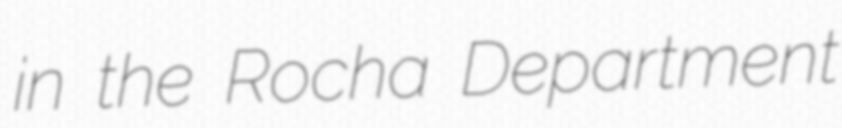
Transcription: in the Rocha Department